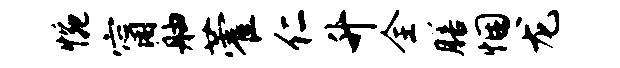
惋甯舳藿仁升全膳悃龙